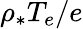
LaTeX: \rho_{*}T_{e}/e